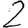
Digit: 2